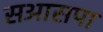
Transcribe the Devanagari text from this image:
सआसपा